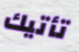
تأتيك